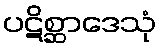
ပဋိစ္ဆာဒေသုံ